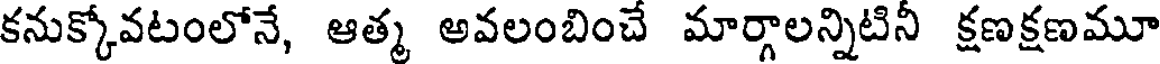
కనుక్కోవటంలోనే, ఆత్మ అవలంబించే మార్గాలన్నిటినీ క్షణక్షణమూ